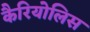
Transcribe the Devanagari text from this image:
कैरियोलिस